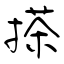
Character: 搽